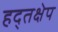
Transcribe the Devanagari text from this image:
हद्तक्षेप